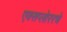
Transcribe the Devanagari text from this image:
एक्सप्लोररचे